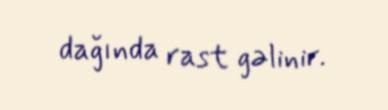
dağında rast gəlinir.